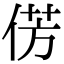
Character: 𪝆